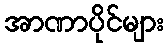
အာဏာပိုင်များ